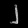
Digit: ၂